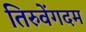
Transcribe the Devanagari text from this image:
तिरुवेंगदम